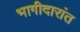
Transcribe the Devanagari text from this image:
भागीदारांत